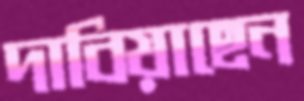
দাবিয়াছেন